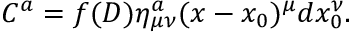
C ^ { a } = f ( D ) \eta _ { \mu \nu } ^ { a } ( x - x _ { 0 } ) ^ { \mu } d x _ { 0 } ^ { \nu } .